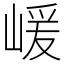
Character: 嵈